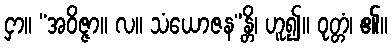
ငှာ။ “အဝိဇ္ဇာ။ လ။ သံယောဇန”န္တိ၊ ဟူ၍။ ဝုတ္တံ၊ ၏။